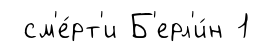
см'е́рт'и Б'ерл'и́н 1